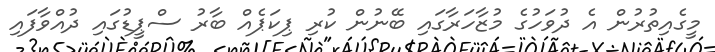
މީގެއިތުރުން އެ ދުވަހުގެ މުޒާހަރާގައި ބޭނުން ކުރި ޕިކަޕެއް ބާރު ސްޕީޑުގައި ދުއްވާފައި